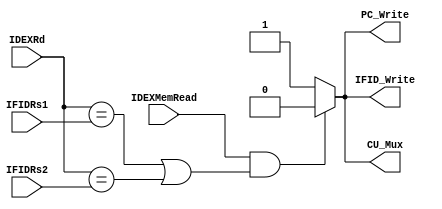
`timescale 1ns / 1ps
//////////////////////////////////////////////////////////////////////////////////
// Company: 
// Engineer: 
// 
// Design Name: 
// Module Name: HazardDetection
// Project Name: 
// Target Devices: 
// Tool Versions: 
// Description: 
// 
// Dependencies: 
// 
// Revision:
// Revision 0.01 - File Created
// Additional Comments:
// 
//////////////////////////////////////////////////////////////////////////////////


module HazardDetection(
    input [4:0] IFIDRs1,
    input [4:0] IFIDRs2,
    input [4:0] IDEXRd,
    input IDEXMemRead,
    output reg PC_Write,
    output reg CU_Mux,
    output reg IFID_Write
    
    );
    
    always@(*)
    begin
      if (IDEXMemRead && ((IDEXRd ==IFIDRs1) ||(IDEXRd==IFIDRs2)))
        begin
          PC_Write=0;
          CU_Mux=0;
          IFID_Write=0;
        end
      else
        begin
          PC_Write=1;
          CU_Mux=1;
          IFID_Write=1;
        end
    end
endmodule